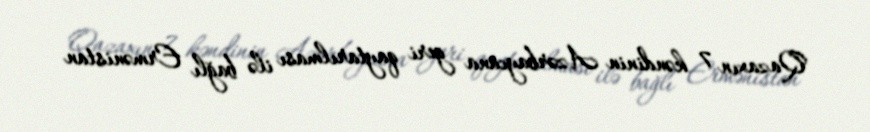
Qazaxın 7 kəndinin Azərbaycana geri qaytarılması ilə bağlı Ermənistan